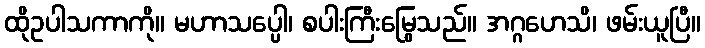
ထိုဥပါသကာကို။ မဟာသပ္ပေါ၊ စပါးကြီးမြွေသည်။ အဂ္ဂဟေသိ၊ ဖမ်းယူပြီ။